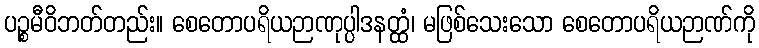
ပဉ္စမီဝိဘတ်တည်း။ စေတောပရိယဉာဏုပ္ပါဒနတ္ထံ၊ မဖြစ်သေးသော စေတောပရိယဉာဏ်ကို